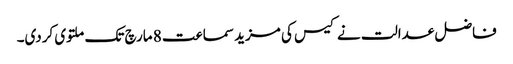
فاضل عدالت نے کیس کی مزید سماعت 8 مارچ تک ملتوی کردی۔